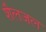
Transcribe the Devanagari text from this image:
शैलजल